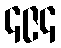
၄၉၄